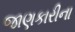
જાણકારીના